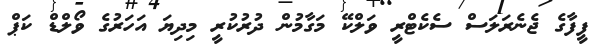
ފީފާގެ ޖެނެރަލަސް ސެކެޓްރީ ވަލްކޭ މަގާމުން ދުރުކުރީ މިދިޔަ އަހަރުގެ ވޯލްޑް ކަޕް